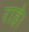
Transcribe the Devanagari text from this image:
राहे।